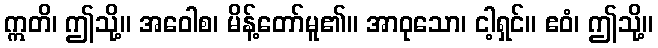
ဣတိ၊ ဤသို့။ အဝေါစ၊ မိန့်တော်မူ၏။ အာဝုသော၊ ငါ့ရှင်။ ဧဝံ၊ ဤသို့။